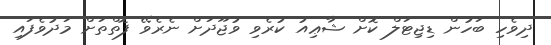
ދިވެހި ބަހުން ޑިޖިޓަލް ކޮށް ޝާޢިއު ކުރެވި ވުޖޫދަށް ނެރެވޭ ފޮތްތަށް މަދުވެފައި